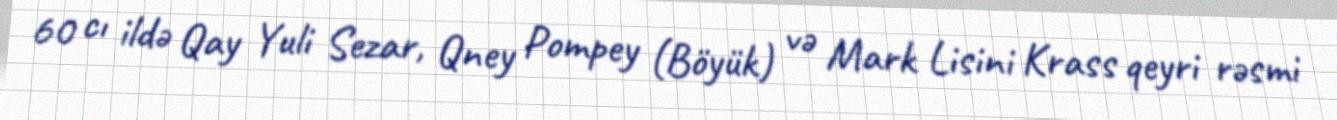
60 cı ildə Qay Yuli Sezar, Qney Pompey (Böyük) və Mark Lisini Krass qeyri rəsmi